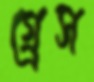
গ্র্রেস